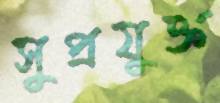
সুপ্রযুক্ত